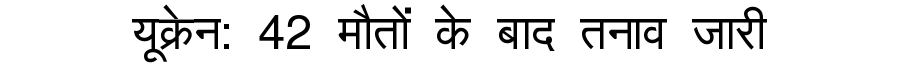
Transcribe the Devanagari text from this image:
यूक्रेन: 42 मौतों के बाद तनाव जारी